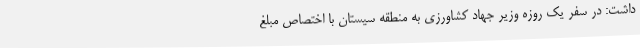
داشت: در سفر یک روزه وزیر جهاد کشاورزی به منطقه سیستان با اختصاص مبلغ